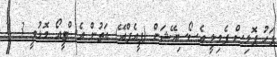
ފަހު ޕޮލިސް ފެމިލީ އެސޯސިއޭޝަން (ޕީއެފްއޭ) އަތުން އެސްޓީއޯ މޮޅުވީ 3- 2